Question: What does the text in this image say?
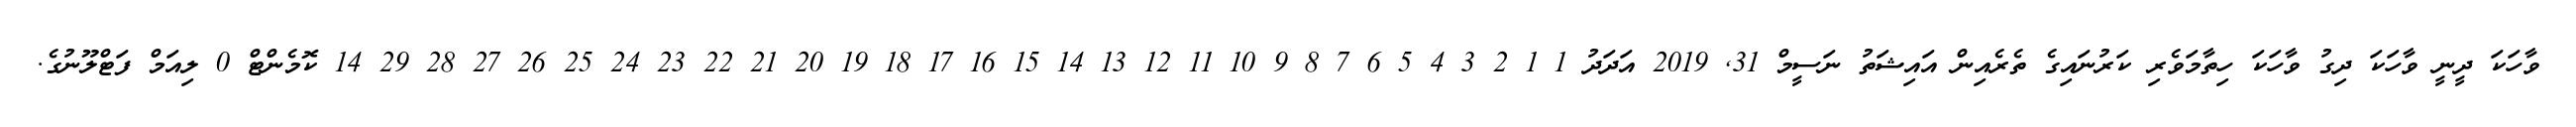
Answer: ވާހަކަ ދީނީ ވާހަކަ ދިގު ވާހަކަ ހިތާމަވެރި ކަރުނައިގެ ތެރެއިން އައިޝަތު ނަސީމް 31, 2019 އަދަދު 1 1 2 3 4 5 6 7 8 9 10 11 12 13 14 15 16 17 18 19 20 21 22 23 24 25 26 27 28 29 14 ކޮމެންޓް 0 ލިއަމް ފަޓްލޫނުގެ.